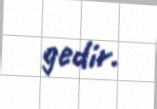
gedir.